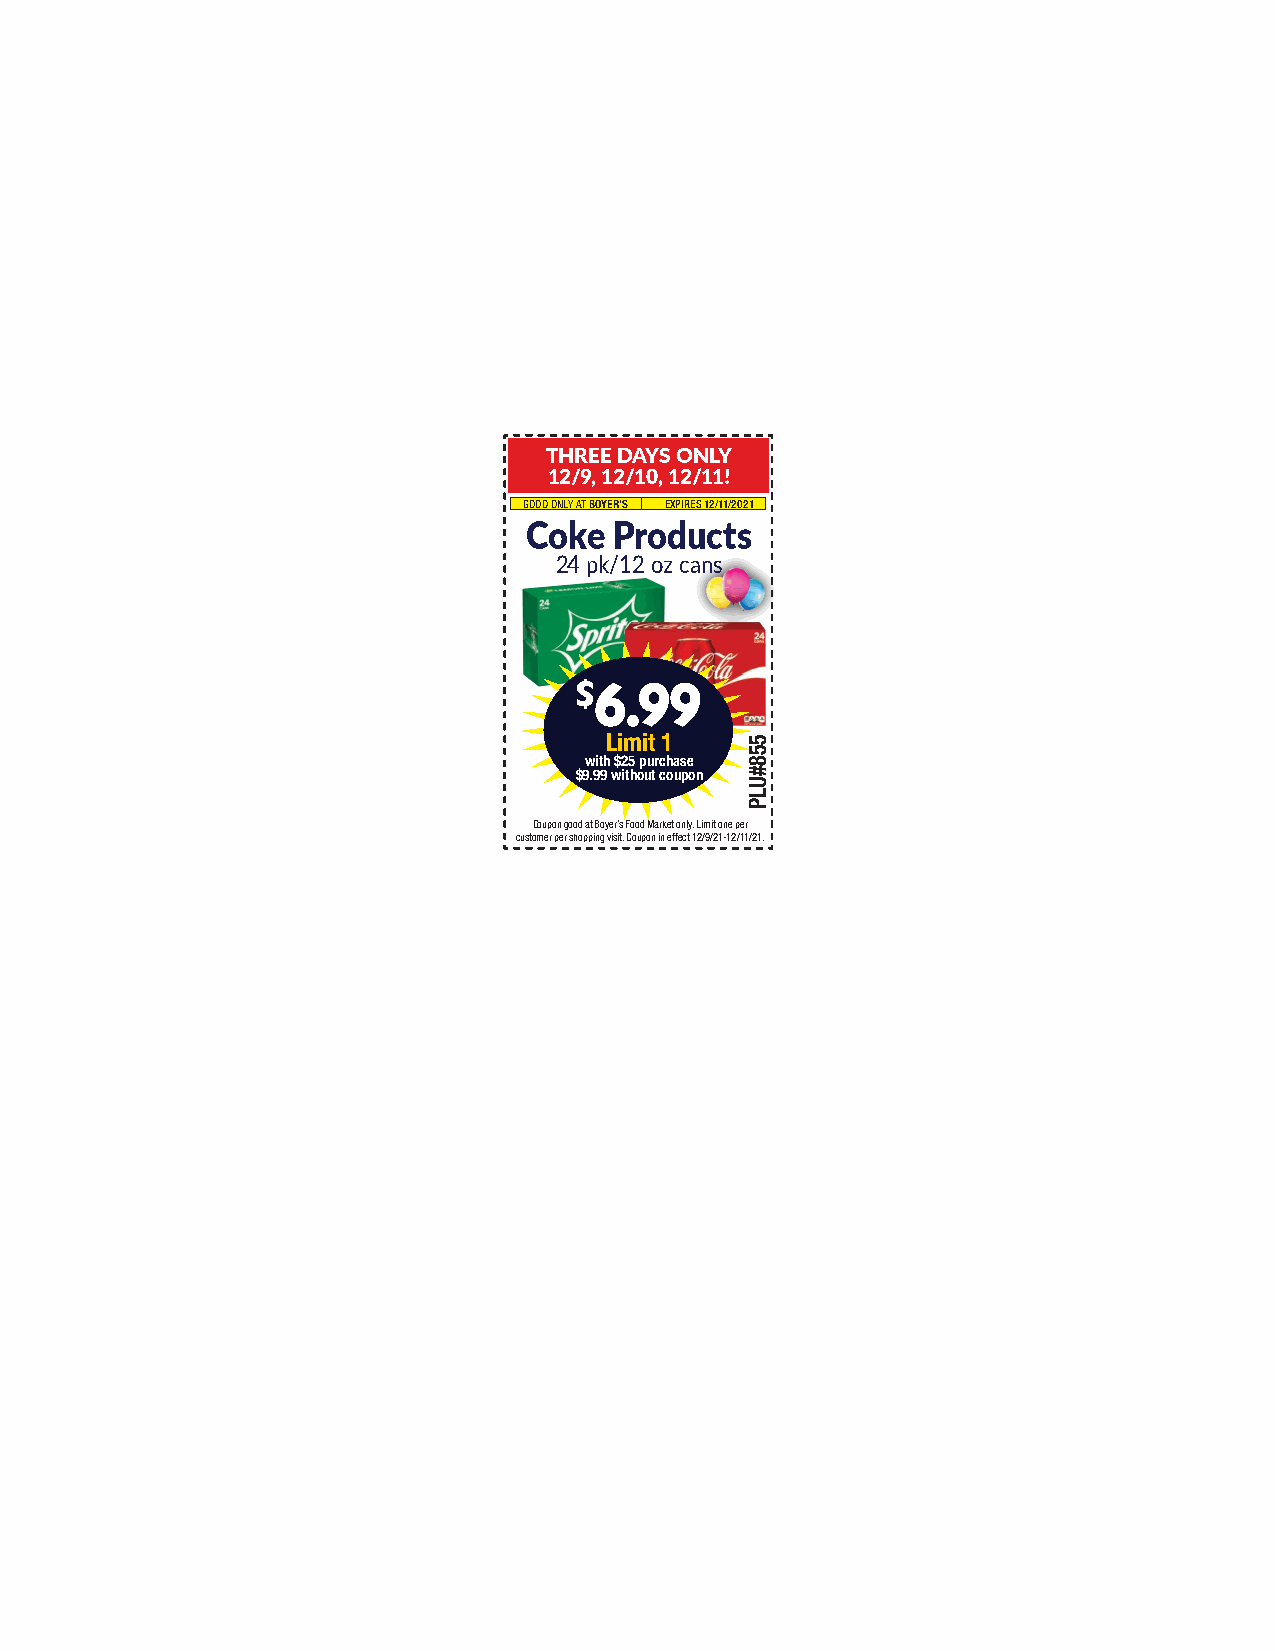
THREE DAYS ONLY
 12/9, 12/10, 12/11!
 GOOD ONLY AT BOYER’S EXPIRES 12/11/2021
 Coke  Products
 24 pk/12 oz cans
 $6.99
 Limit 1
 with $25 purchase
 $9.99 without coupon
 Coupon good at Boyer’s Food Market only. Limit one per
 customer per shopping visit. Coupon in effect 12/9/21-12/11/21.
 558#ULP